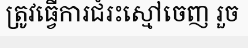
ត្រូវធ្វើការជំរះស្មៅចេញ រួច